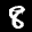
Label: 8